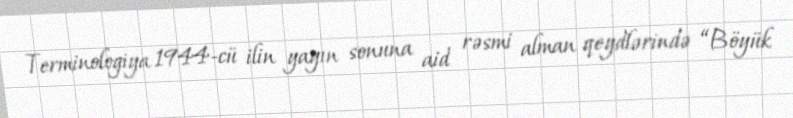
Terminologiya 1944-cü ilin yayın sonuna aid rəsmi alman qeydlərində “Böyük